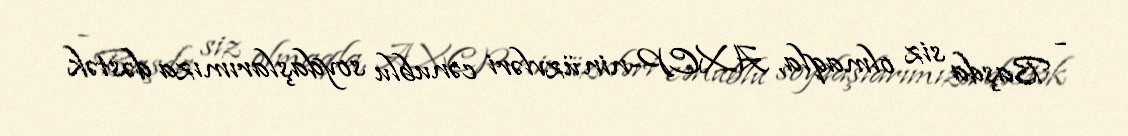
- Başda siz olmaqla, AXCP-nin üzvləri cənublu soydaşlarımıza dəstək